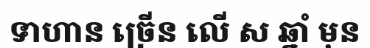
ទាហាន ច្រើន លើ ស ឆ្នាំ មុន